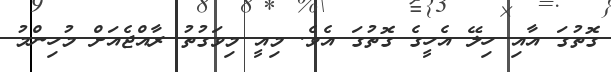
ގޮތުގަ އާއި ހިލޭ އެހީގެ ގޮތުގަ އެވެ. މިއީ މިވަގުތު ރާއްޖެއަށް މުހިންމު